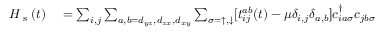
\begin{array} { r l } { H _ { \textrm { s } } ( t ) } & { { } = \sum _ { i , j } \sum _ { a , b = d _ { y z } , d _ { z x } , d _ { x y } } \sum _ { \sigma = \uparrow , \downarrow } [ t _ { i j } ^ { a b } ( t ) - \mu \delta _ { i , j } \delta _ { a , b } ] c _ { i a \sigma } ^ { \dagger } c _ { j b \sigma } } \end{array}